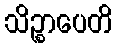
သိဉ္စာပေတိ